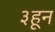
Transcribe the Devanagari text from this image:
३हून